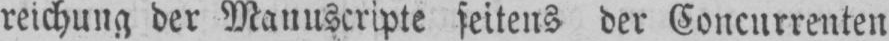
reichung der Manuscripte seitens der Concurrenten